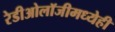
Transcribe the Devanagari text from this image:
रेडीओलॉजीमध्येही